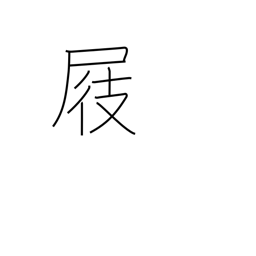
Meaning: clog